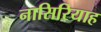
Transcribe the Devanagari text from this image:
नासिरियाह